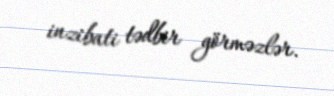
inzibati tədbir görməzlər.